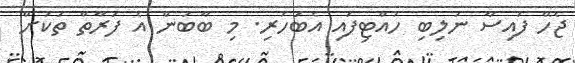
ޖެހޭ ފައިސާ ނުލިބި ހުއްޓިފައި އެބަހުރި. މި ބާބުން އެ ފަރާތް ތަކަށް